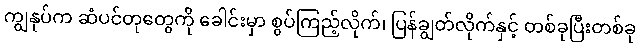
ကျွနုပ်က ဆံပင်တုတွေကို ခေါင်းမှာ စွပ်ကြည့်လိုက်၊ ပြန်ချွတ်လိုက်နှင့် တစ်ခုပြီးတစ်ခု